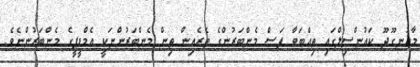
މާއުނގޫދޫ ކައުންސިލްގައި ތިއްބަވާ ފަސް މެންބަރުންގެ ތެރެއިން ތިން މެންބަރުންނަކީ އެމްޑީޕީގެ މެންބަރުންނެވެ.